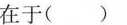
在于( )